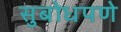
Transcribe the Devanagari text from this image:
सुबोधपणे